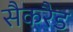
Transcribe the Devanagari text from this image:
सैकरैड